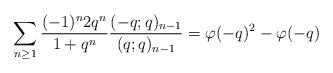
LaTeX: \begin{align*}\sum_{n\geq 1} \frac{(-1)^n 2 q^n}{1+q^n}\frac{(-q;q)_{n-1}}{(q;q)_{n-1}} = \varphi(-q)^2 - \varphi(-q)\end{align*}